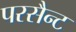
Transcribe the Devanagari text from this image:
परसैन्ट